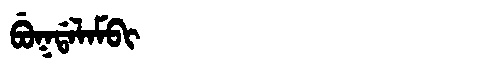
Manchu: ᠪᡠᡴᡩᠠᠯᠠᠮᠪᡳ
Romanization: BUKDALAMBI